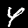
Label: 4